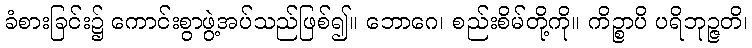
ခံစားခြင်း၌ ကောင်းစွာဖွဲ့အပ်သည်ဖြစ်၍။ ဘောဂေ၊ စည်းစိမ်တို့ကို။ ကိဉ္စာပိ ပရိဘုဉ္ဇတိ၊